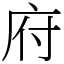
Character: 府